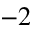
- 2